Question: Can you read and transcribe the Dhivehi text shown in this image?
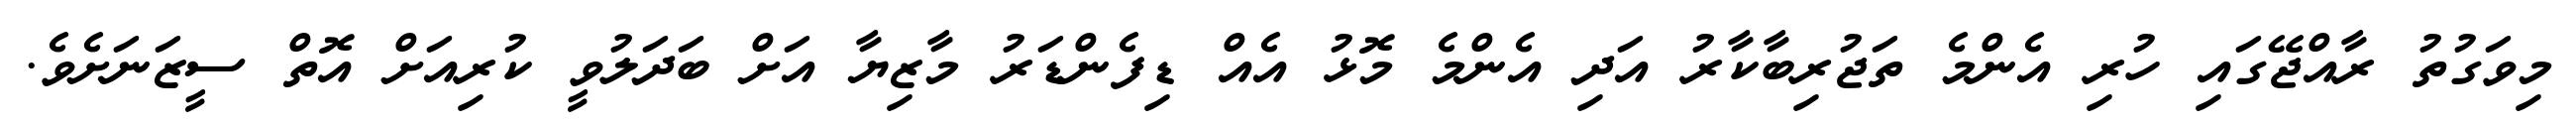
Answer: މިވަގުތު ރާއްޖޭގައި ހުރި އެންމެ ތަޖުރިބާކާރު އަދި އެންމެ މޮޅު އެއް ޑިފެންޑަރު މާޒިޔާ އަށް ބަދަލުވީ ކުރިއަށް އޮތް ސީޒަނަށެވެ.